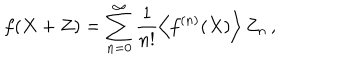
f ( X + Z ) = \sum _ { n = 0 } ^ { \infty } \frac { 1 } { n ! } \left\langle f ^ { ( n ) } ( X ) \right\rangle Z _ { n } \, ,